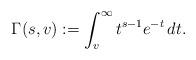
LaTeX: \begin{align*}\Gamma(s,v) := \int_{v}^\infty t^{s-1}e^{-t} \, dt.\end{align*}